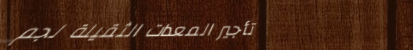
تأجير المعدات الثقيلة لجم